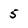
Character: 5